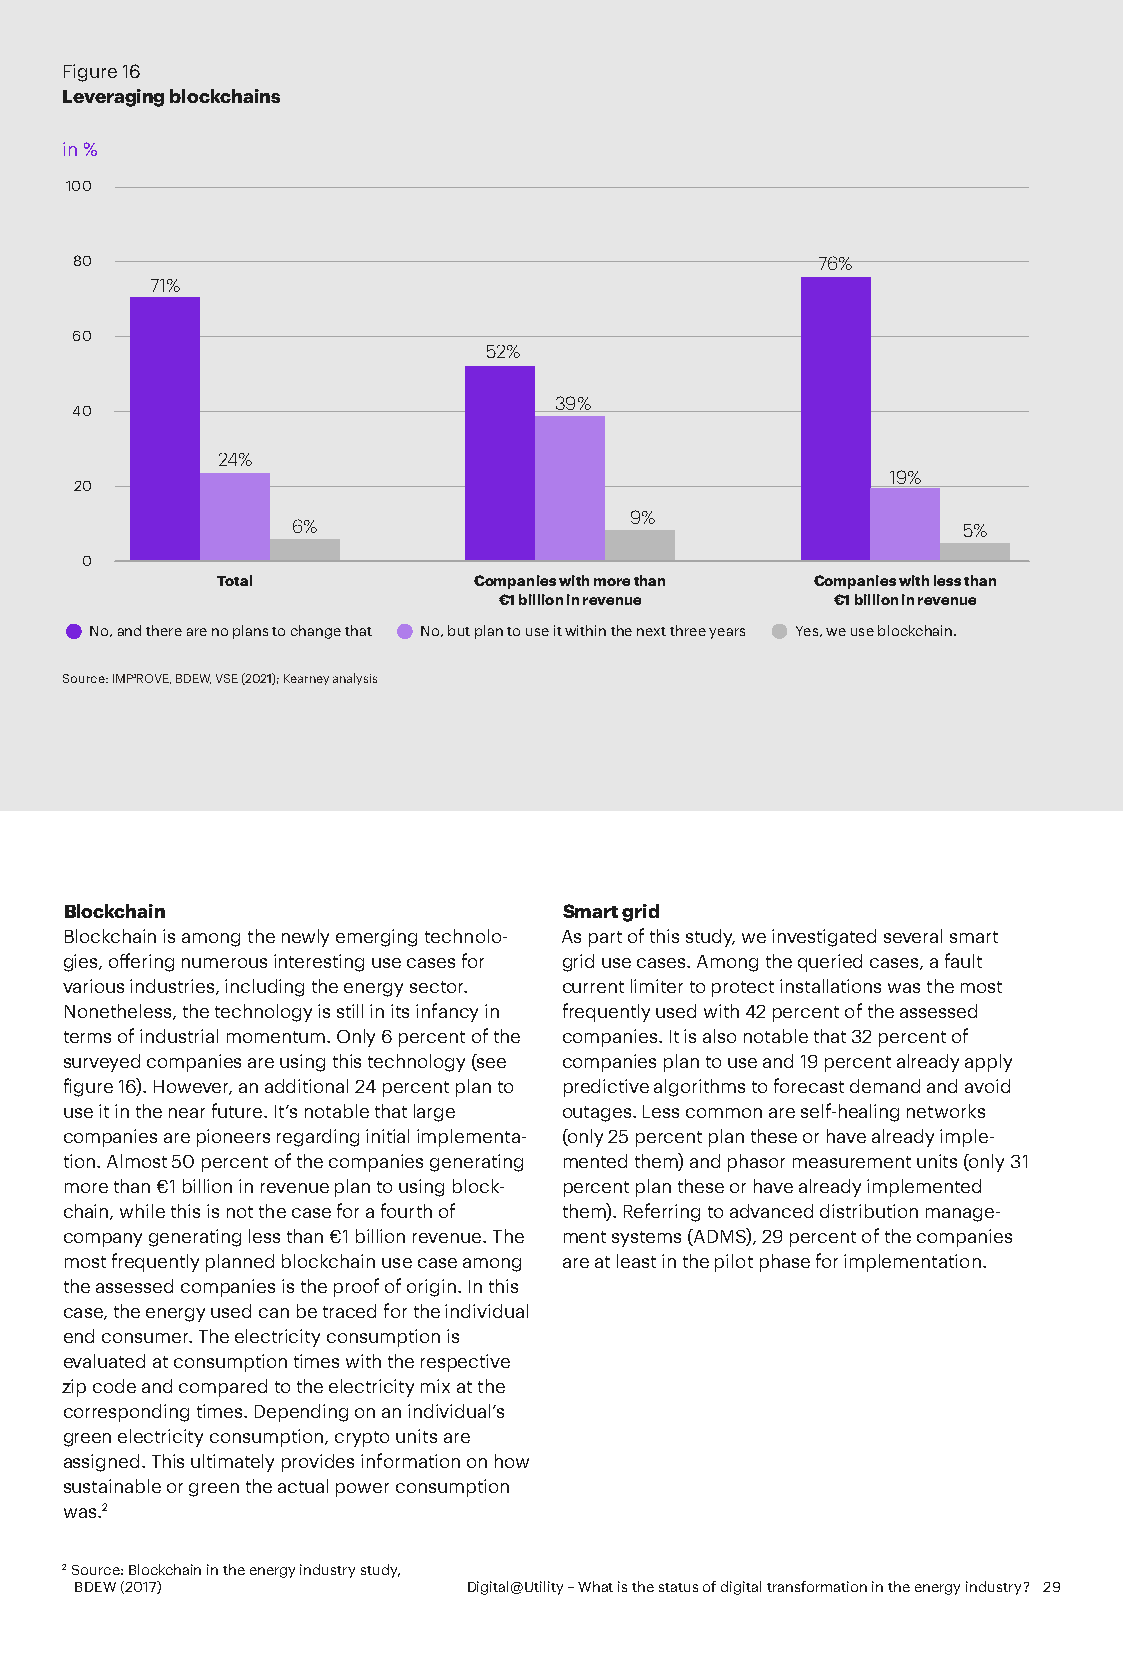
Figure 16
 Leveraging blockchains
 in %
 100
 80                                               76%
 71%
 60
 52%
 39%
 40
 24%
 19%
 20
 9%
 6%                                           5%
 0
 Total            Companies with more than Companies with less than
 €1 billion in revenue €1 billion in revenue
 No, and there are no plans to change that No, but plan to use it within the next three years Yes, we use blockchain.
 Source: IMP³ROVE, BDEW, VSE (2021); Kearney analysis
 Blockchain                       Smart grid
 Blockchain is among the newly emerging technolo- As part of this study, we investigated several smart
 gies, offering numerous interesting use cases for grid use cases. Among the queried cases, a fault
 various industries, including the energy sector. current limiter to protect installations was the most
 Nonetheless, the technology is still in its infancy in frequently used with 42 percent of the assessed
 terms of industrial momentum. Only 6 percent of the companies. It is also notable that 32 percent of
 surveyed companies are using this technology (see companies plan to use and 19 percent already apply
 figure 16). However, an additional 24 percent plan to predictive algorithms to forecast demand and avoid
 use it in the near future. It’s notable that large outages. Less common are self-healing networks
 companies are pioneers regarding initial implementa- (only 25 percent plan these or have already imple-
 tion. Almost 50 percent of the companies generating mented them) and phasor measurement units (only 31
 more than €1 billion in revenue plan to using block- percent plan these or have already implemented
 chain, while this is not the case for a fourth of them). Referring to advanced distribution manage-
 company generating less than €1 billion revenue. The ment systems (ADMS), 29 percent of the companies
 most frequently planned blockchain use case among are at least in the pilot phase for implementation.
 the assessed companies is the proof of origin. In this
 case, the energy used can be traced for the individual
 end consumer. The electricity consumption is
 evaluated at consumption times with the respective
 zip code and compared to the electricity mix at the
 corresponding times. Depending on an individual’s
 green electricity consumption, crypto units are
 assigned. This ultimately provides information on how
 sustainable or green the actual power consumption
 was.2
 2 Source: Blockchain in the energy industry study,
 BDEW (2017)               Digital@Utility – What is the status of digital transformation in the energy industry? 29